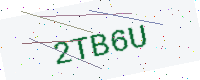
Text: 2TB6U